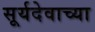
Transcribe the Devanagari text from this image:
सूर्यदेवाच्या